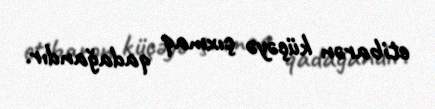
etibarən küçəyə çıxmaq qadağandır.